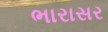
ભારાસર